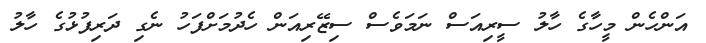
އަންހެން މީހާގެ ހާލު ސީރިއަސް ނަމަވެސް ސިޒޭރިއަން ހެދުމަށްފަހު ނެގި ދަރިފުޅުގެ ހާލު